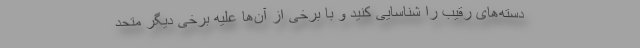
دسته‌های رقیب را شناسایی کنید و با برخی از آن‌ها علیه برخی دیگر متحد